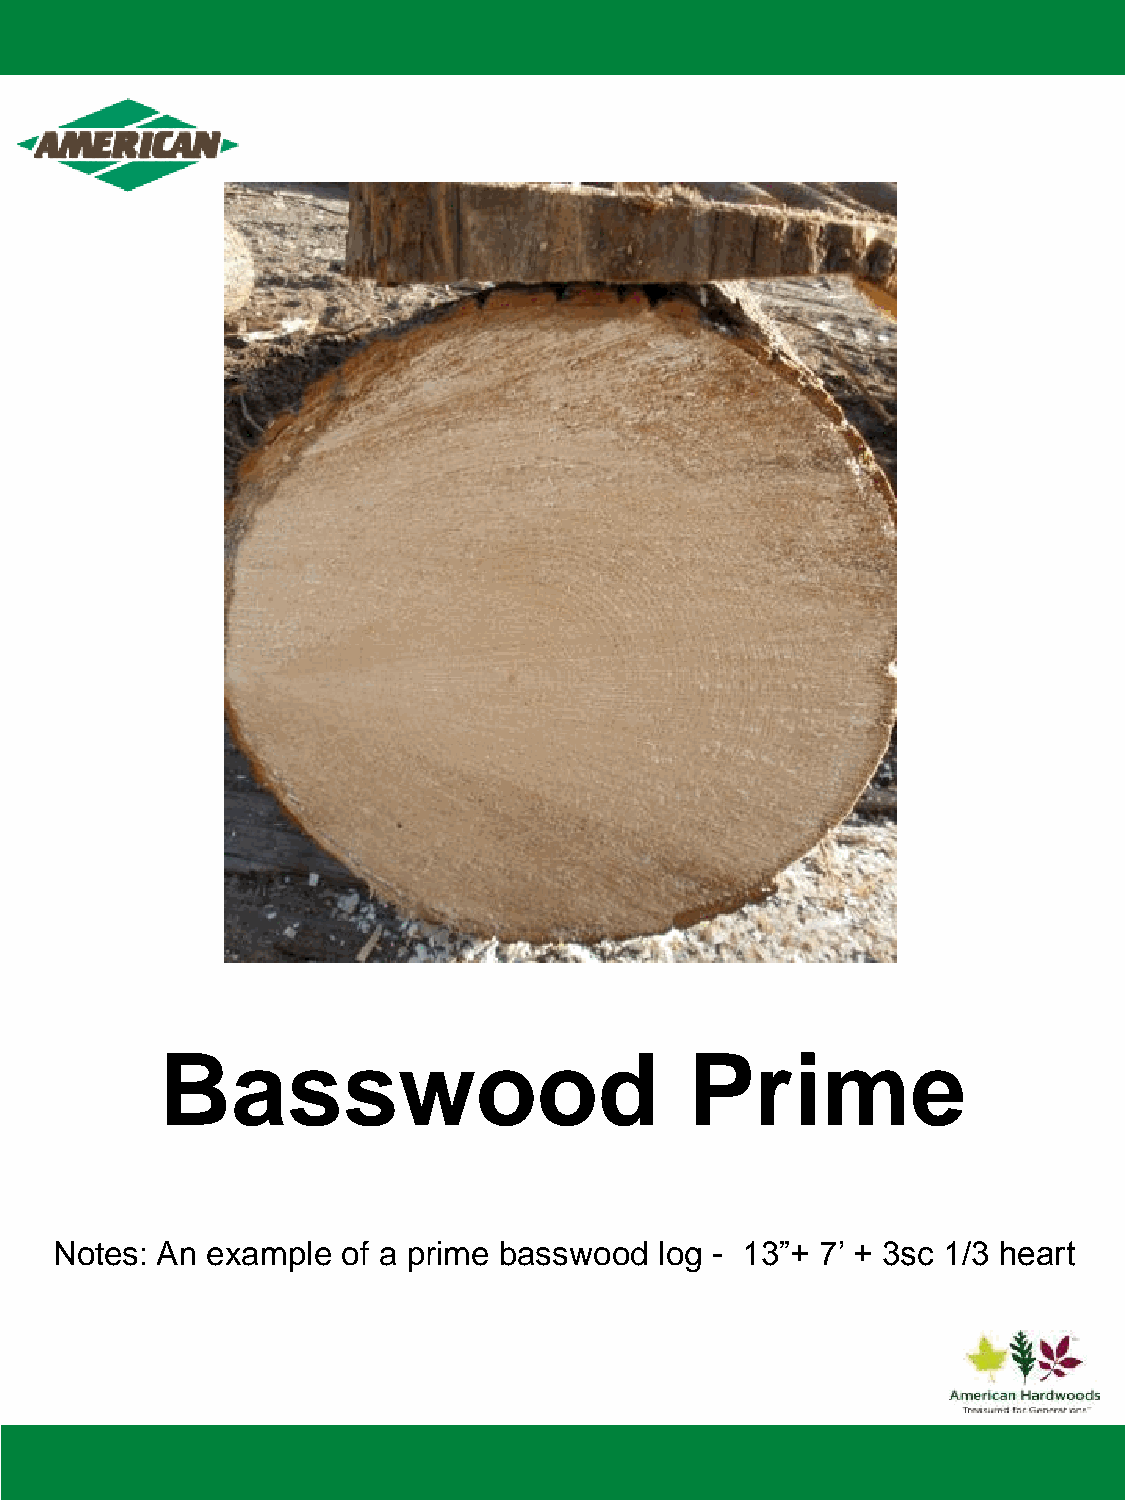
Basswood                           Prime
 Notes: An  example  of a prime basswood  log - 13”+ 7’ + 3sc 1/3 heart